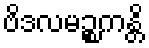
ဗိဒလမဉ္စကန္တိ